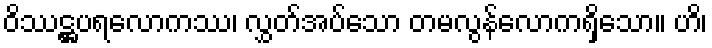
ဝိဿဋ္ဌပရလောကဿ၊ လွှတ်အပ်သော တမလွန်လောကရှိသော။ ဟိ၊